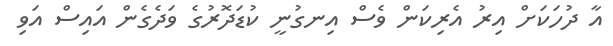
އާ ދުހަކަށް އިރު އެރިކަން ވެސް އިނގުނީ ކުޑަދޮރުގެ ވަދެގެން އައިސް އަވި